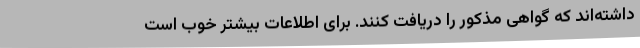
داشته‌اند که گواهی مذکور را دریافت کنند. برای اطلاعات بیشتر خوب است